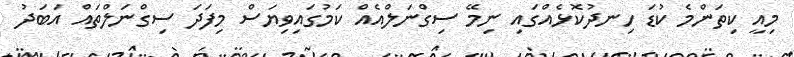
މިއީ ކިތަންމެ ކުޑަ ހިނދުކޮޅެއްގައި ނިމޭ ސިގްނަލްއެއް ކަމުގައިވިޔަސް މިފަދަ ސިގްނަލްތައް އަބަދު